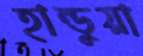
হান্ডুয়া